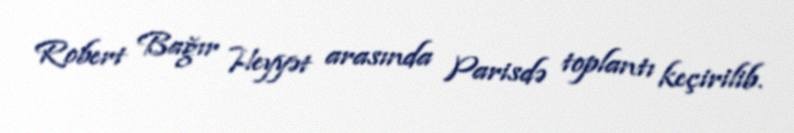
Robert Bağır Heyyət arasında Parisdə toplantı keçirilib.